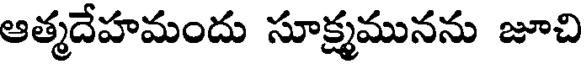
ఆత్మదేహమందు సూక్ష్మమునను జూచి